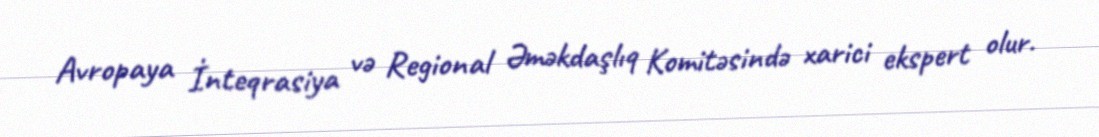
Avropaya İnteqrasiya və Regional Əməkdaşlıq Komitəsində xarici ekspert olur.